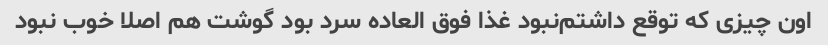
اون چیزی که توقع داشتم‌نبود غذا فوق العاده سرد بود گوشت هم اصلا خوب نبود